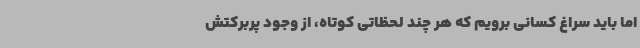
اما باید سراغ کسانی برویم که هر چند لحظاتی کوتاه، از وجود پربرکتش